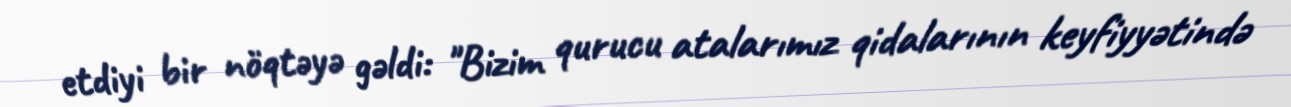
etdiyi bir nöqtəyə gəldi: "Bizim qurucu atalarımız qidalarının keyfiyyətində